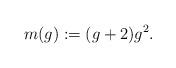
LaTeX: \begin{align*} m(g):=(g+2)g^2.\end{align*}